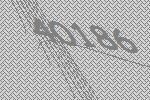
40186